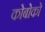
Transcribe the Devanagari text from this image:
कोबोको